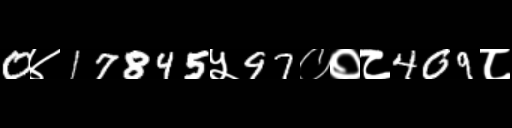
Text: 0४17845५97००८409८